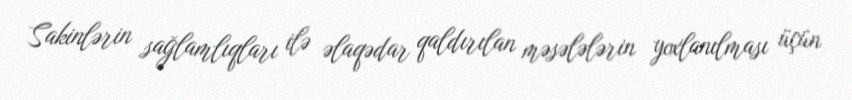
Sakinlərin sağlamlıqları ilə əlaqədar qaldırılan məsələlərin yoxlanılması üçün